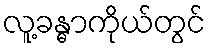
လူ့ခန္ဓာကိုယ်တွင်